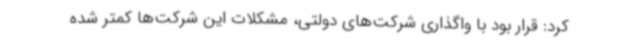
کرد: قرار بود با واگذاری شرکت‌های دولتی، مشکلات این شرکت‌ها کمتر شده